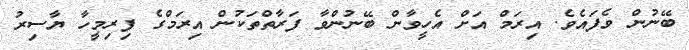
ބޭނުން ވެފައެވެ. އިރަމް އަށް އެހީވާން ބޭނުންވާ ފަރާތްތަކުން އިރަމްގެ ފިރިމީހާ ޔާސިރު